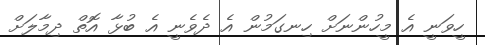
ހީވަނީ އެ މީހުންނަށް ހިނގަމުން އެ ދެވެނީ އެ ބުޅާ އޮތް ދިމާލަށް